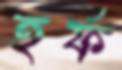
হর্ফ